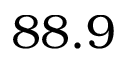
8 8 . 9